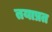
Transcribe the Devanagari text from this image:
तयाप्रत